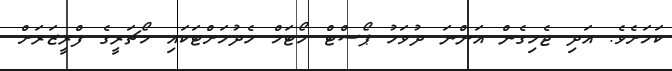
ކަމަށެވެ. އަދި ޖެހިގެން އަންނަ ދުވަހު ޕޯސްޓް މޯޓަމް ހެދުމަށްޓަކައި މޯޗަރީގެ ފްރީޒަރަށް